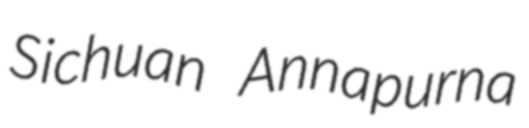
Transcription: Sichuan Annapurna